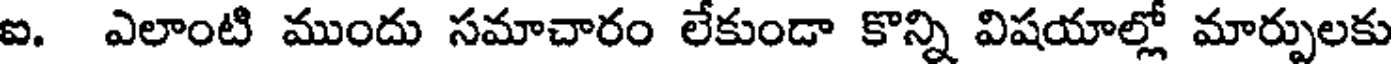
ఐ. ఎలాంటి ముందు సమాచారం లేకుండా కొన్ని విషయాల్లో మార్పులకు